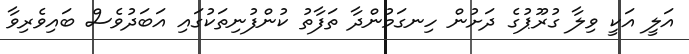
އަލީ އަކީ ވިލާ ގުރޫޕުގެ ދަށުން ހިނގަމުންދާ ތަފާތު ކުންފުނިތަކުގައި އަބަދުވެސް ބައިވެރިވާ